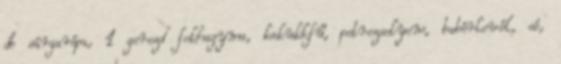
db sárgarépa, 1 gerezd fokhagyma, kakukkfű, petrezselyem, babérlevél, só,